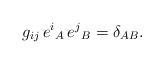
LaTeX: \begin{align*}g_{ij}\,e^{i}{}_{A}\,e^{j}{}_{B}=\delta_{AB}.\end{align*}